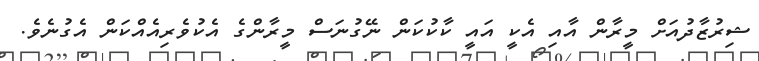
ޝިރުޒާދުއަށް މީރާން އާއި އެކީ އައީ ކާކުކަން ނޭގުނަސް މީރާންގެ އެކުވެރިއެއްކަން އެގުނެވެ.